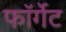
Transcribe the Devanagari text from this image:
फॉर्गेट